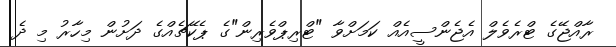
ރާއްޖޭގެ ޓްރެވެލް އެޖެންސީއެއް ކަމަށްވާ "ޓްރިޕްވެރިން"ގެ ޕެކޭޗެއްގެ ދަށުން މިހާރު މި ދެ